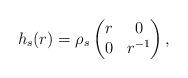
LaTeX: \begin{align*} h_s(r) & = \rho_s \begin{pmatrix}r & 0\\0 & r^{-1} \end{pmatrix},\end{align*}